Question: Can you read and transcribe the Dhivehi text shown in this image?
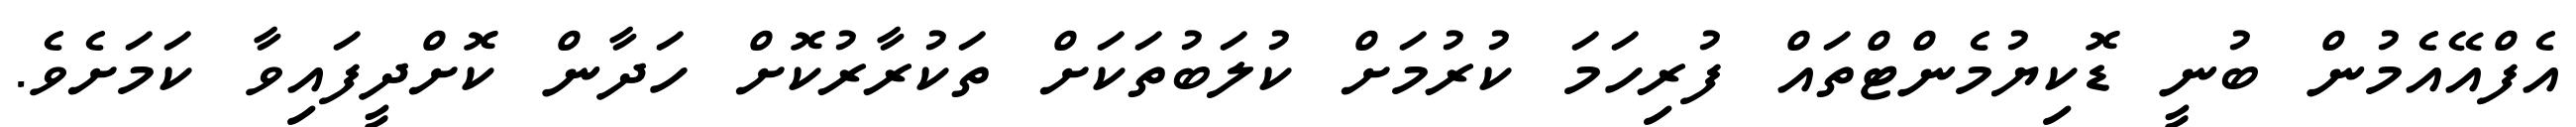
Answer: އެފްއޭއެމުން ބުނީ ޑޮކިޔުމެންޓްތައް ފުރިހަމަ ކުރުމަށް ކުލަބުތަކަށް ތަކުރާރުކޮށް ހަދާން ކޮށްދީފައިވާ ކަމަށެވެ.